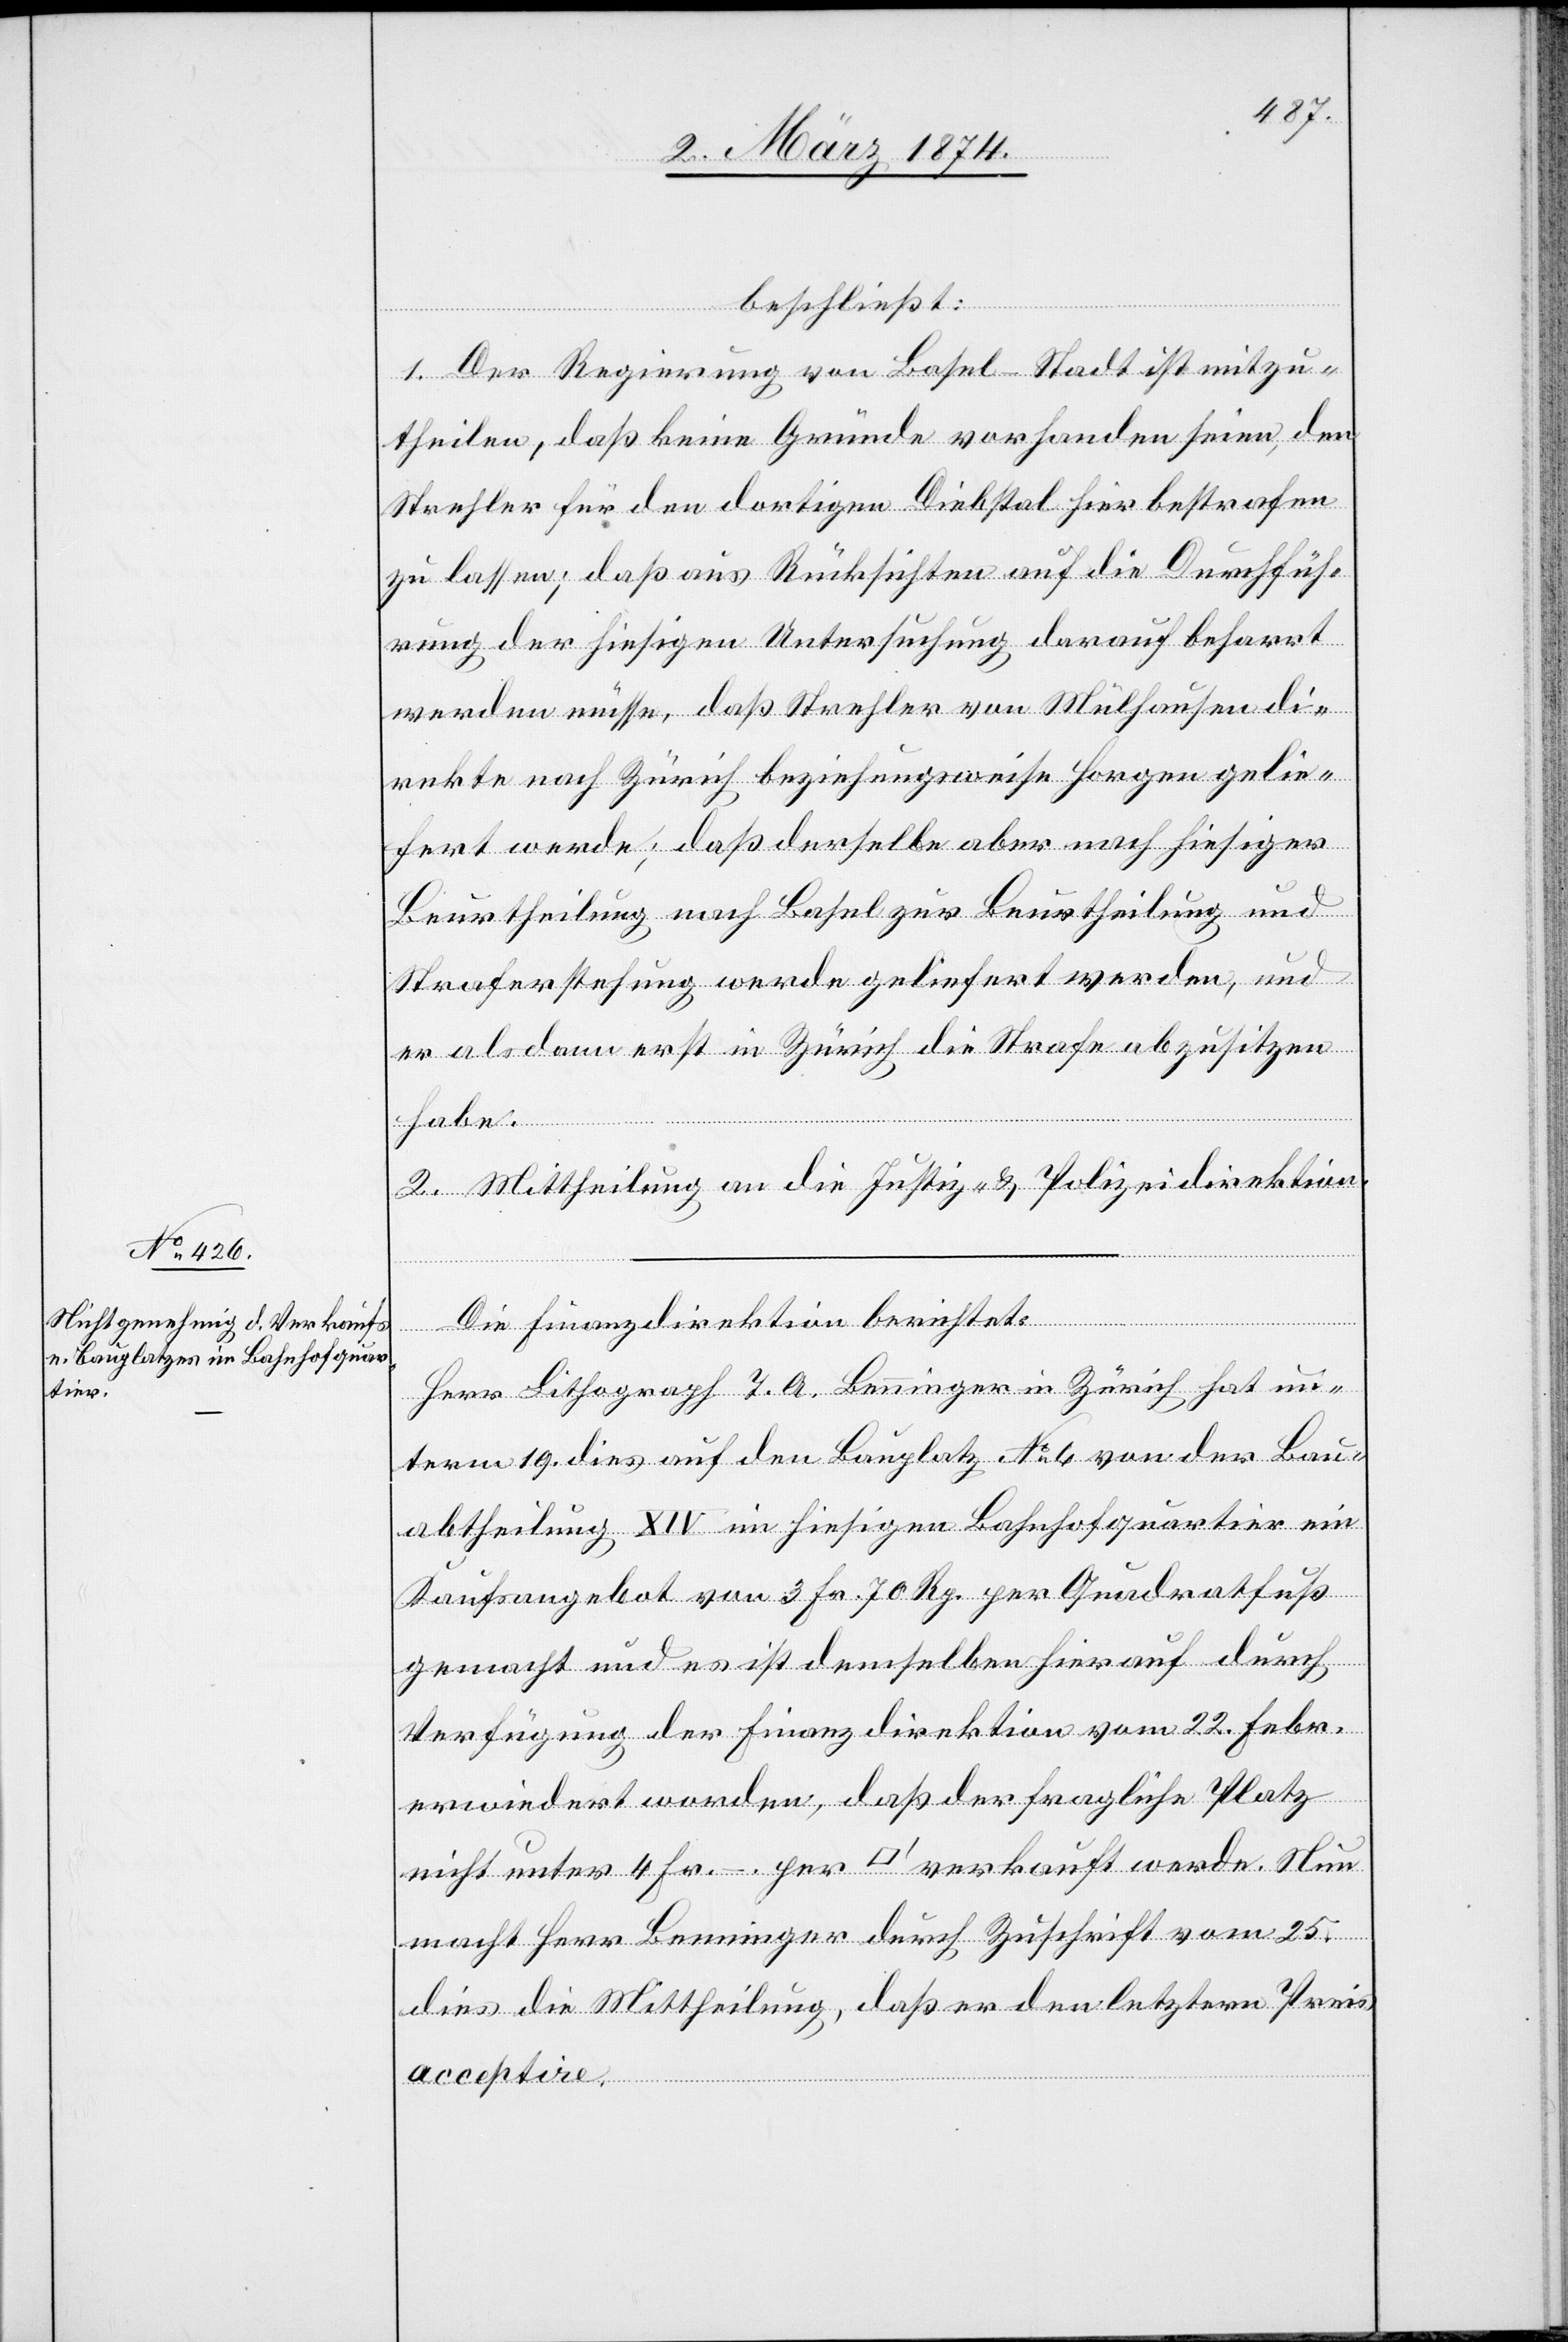
beschließt:
1. Der Regierung von Basel-Stadt ist mitzu¬
theilen, daß keine Gründe vorhanden seien, den
Strehler für den dortigen Diebstal hier bestrafen
zu lassen; daß aus Rücksichten auf die Durchfüh¬
rung der hiesigen Untersuchung darauf beharrt
werden müsse, daß Strehler von Mülhausen di¬
rekte nach Zürich beziehungsweise Horgen gelie¬
fert werde; daß derselbe aber nach hiesiger
Beurtheilung nach Basel zur Beurtheilung und
Straferstehung werde geliefert werden, und
er alsdann erst in Zürich die Strafe abzusitzen
habe.
2. Mittheilung an die Justiz- u. Polizeidirektion.
Die Finanzdirektion berichtet:
Herr Lithograph T. A. Benninger in Zürich hat un¬
term 19. dies auf den Bauplatz No 6 von der Bau¬
abtheilung XIV im hiesigen Bahnhofquartier ein
Kaufsangebot von 3 Fr. 70 Rp. per Quadratfuß
gemacht und es ist demselben hierauf durch
Verfügung der Finanzdirektion vom 22. Febr.
erwiedert worden, daß der fragliche Platz
nicht unter 4 Fr. – per [Quadratfuß] verkauft werde. Nun
macht Herr Benninger durch Zuschrift vom 25.
dies die Mittheilung, daß er den letztern Preis
acceptire.